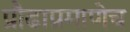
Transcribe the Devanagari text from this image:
प्रौढाप्रमाणेच